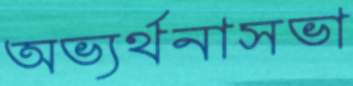
অভ্যর্থনাসভা